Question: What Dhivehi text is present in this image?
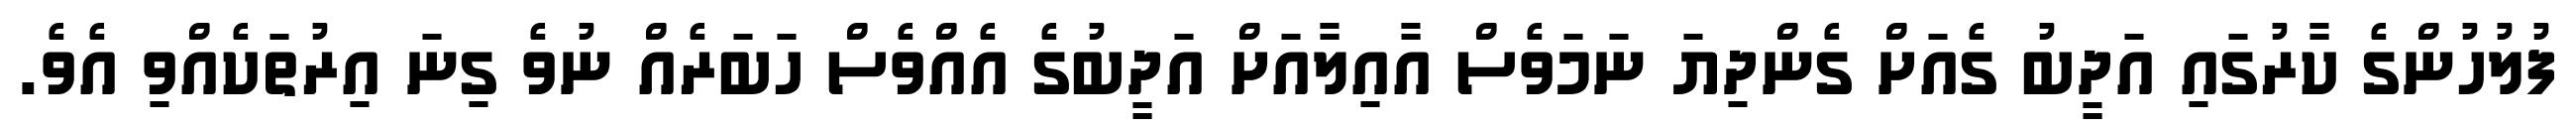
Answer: ފުލުހުންގެ ކާރުގައި އަދީބު ގެއަށް ގެންދިޔަ ނަމަވެސް އާއިލާއަށް އަދީބުގެ އެއްވެސް ހަބަރެއް ނުވެ ގިނަ އިރުތަކެއްވި އެވެ.